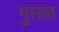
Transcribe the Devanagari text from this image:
गुसल